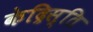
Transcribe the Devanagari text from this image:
केद्रिस्ति